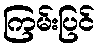
ကြမ်းပြင်